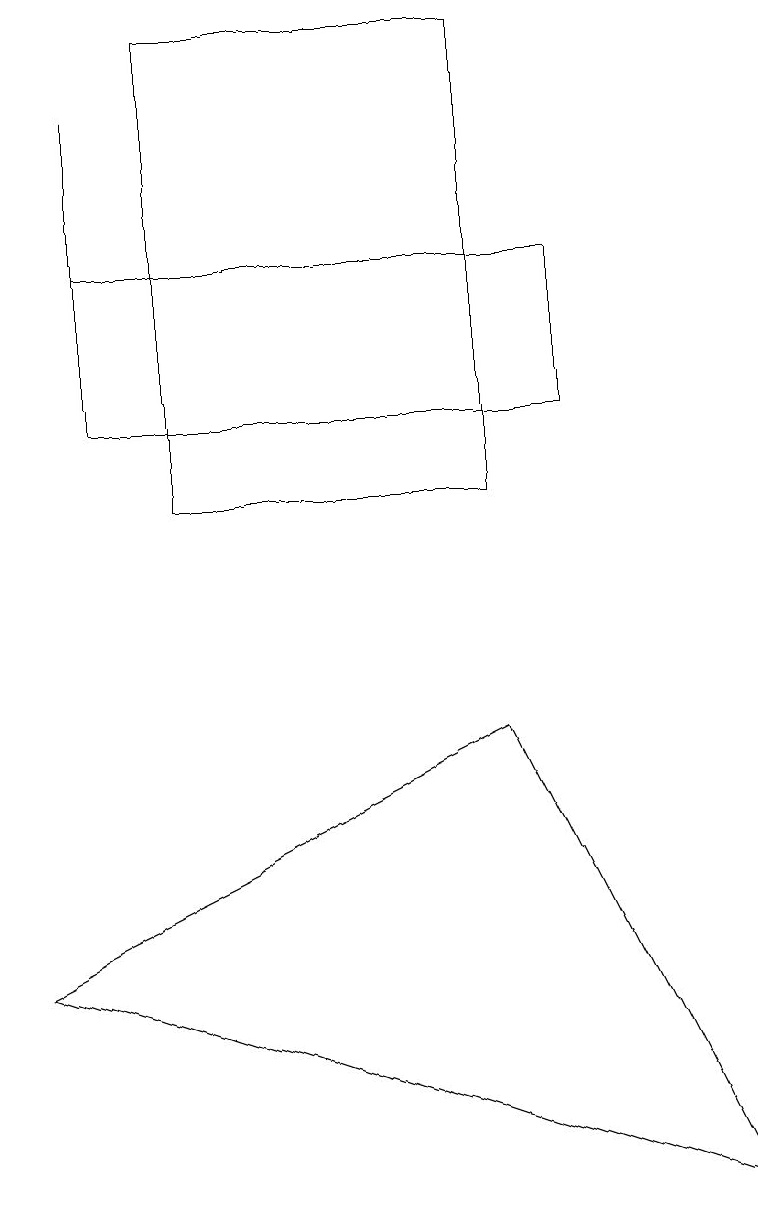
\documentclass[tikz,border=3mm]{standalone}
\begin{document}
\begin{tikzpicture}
\draw (1,15) rectangle (7,13);
\draw (1,17) rectangle (1,14);
\draw (6,9) -- (9,3) -- (0,6) -- cycle;
\draw (2,12) rectangle (6,18);
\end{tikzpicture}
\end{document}